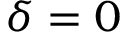
\delta = 0